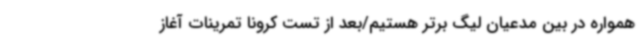
همواره در بین مدعیان لیگ برتر هستیم/بعد از تست کرونا تمرینات آغاز